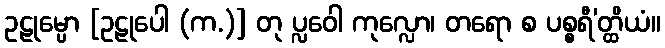
ဥဠုမ္ပော [ဥဠုပေါ (က.)] တု ပ္လဝေါ ကုလ္လော၊ တရော စ ပစ္စရီ’တ္ထိယံ။